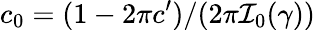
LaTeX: c_{0}=(1-2\pi c^{\prime})/(2\pi\mathcal{I}_{0}(\gamma))